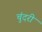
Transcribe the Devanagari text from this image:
चुंदरी